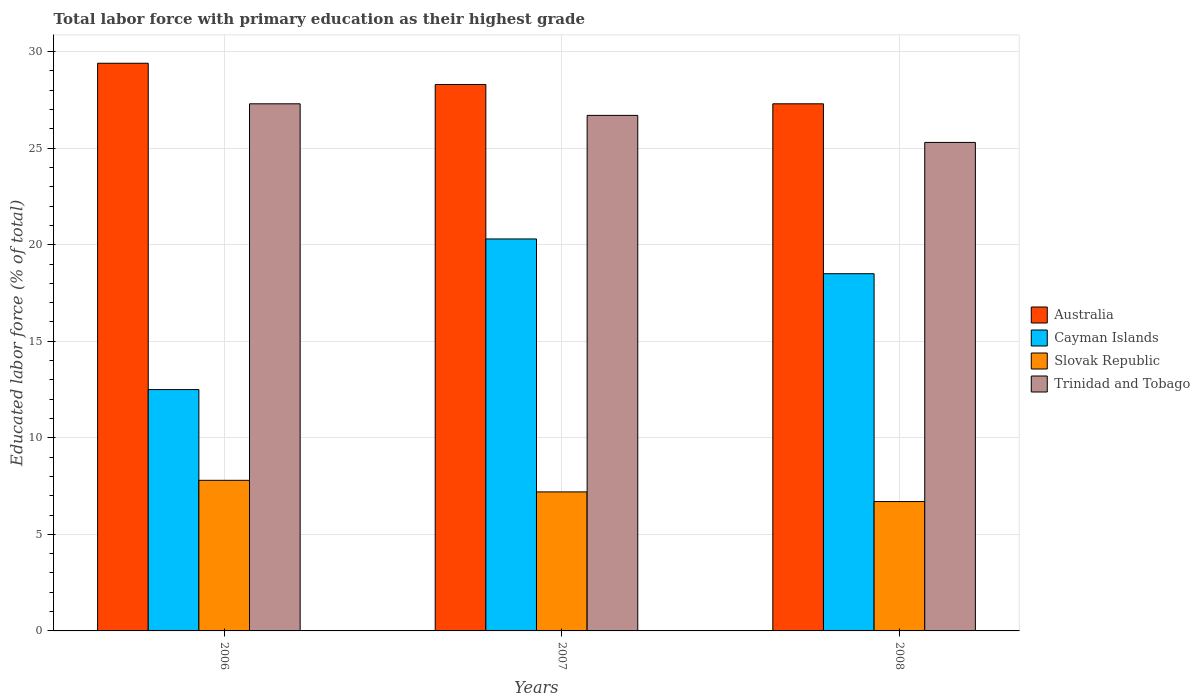
| Years | Australia | Cayman Islands | Slovak Republic | Trinidad and Tobago |
 | --- | --- | --- | --- | --- |
 | 2006 | 29.4 | 12.5 | 7.8 | 27.3 |
 | 2007 | 28.3 | 20.3 | 7.2 | 26.7 |
 | 2008 | 27.3 | 18.5 | 6.7 | 25.3 |